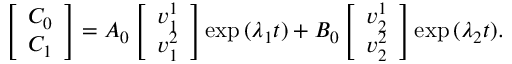
\left[ \begin{array} { l } { C _ { 0 } } \\ { C _ { 1 } } \end{array} \right] = A _ { 0 } \left[ \begin{array} { l } { v _ { 1 } ^ { 1 } } \\ { v _ { 1 } ^ { 2 } } \end{array} \right] \exp { ( \lambda _ { 1 } t ) } + B _ { 0 } \left[ \begin{array} { l } { v _ { 2 } ^ { 1 } } \\ { v _ { 2 } ^ { 2 } } \end{array} \right] \exp { ( \lambda _ { 2 } t ) } .